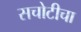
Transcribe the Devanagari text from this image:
सचोटीचा